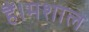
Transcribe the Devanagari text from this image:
हैं।मशाल